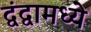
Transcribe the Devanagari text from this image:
द्वंद्वामध्ये